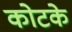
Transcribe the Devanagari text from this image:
कोटके